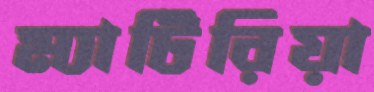
ম্যাটিরিয়া